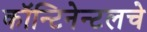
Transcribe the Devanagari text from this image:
कॉन्टिनेन्टलचे